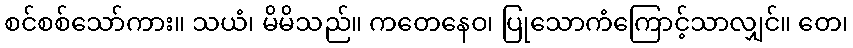
စင်စစ်သော်ကား။ သယံ၊ မိမိသည်။ ကတေနေဝ၊ ပြုသောကံကြောင့်သာလျှင်။ တေ၊